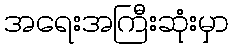
အရေးအကြီးဆုံးမှာ